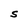
Character: S